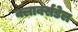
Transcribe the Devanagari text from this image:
क्लार्क्सडेल